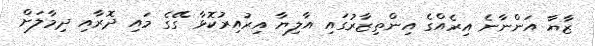
ޒާޔާ އަންނާނެ އިރެއްގެ އިންތިޒާރުގައި އާލިޔާ އިރުއިރުކޮޅާ ގޭގެ މައި ދޮރާއި ދިމާލަށް